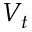
V _ { t }